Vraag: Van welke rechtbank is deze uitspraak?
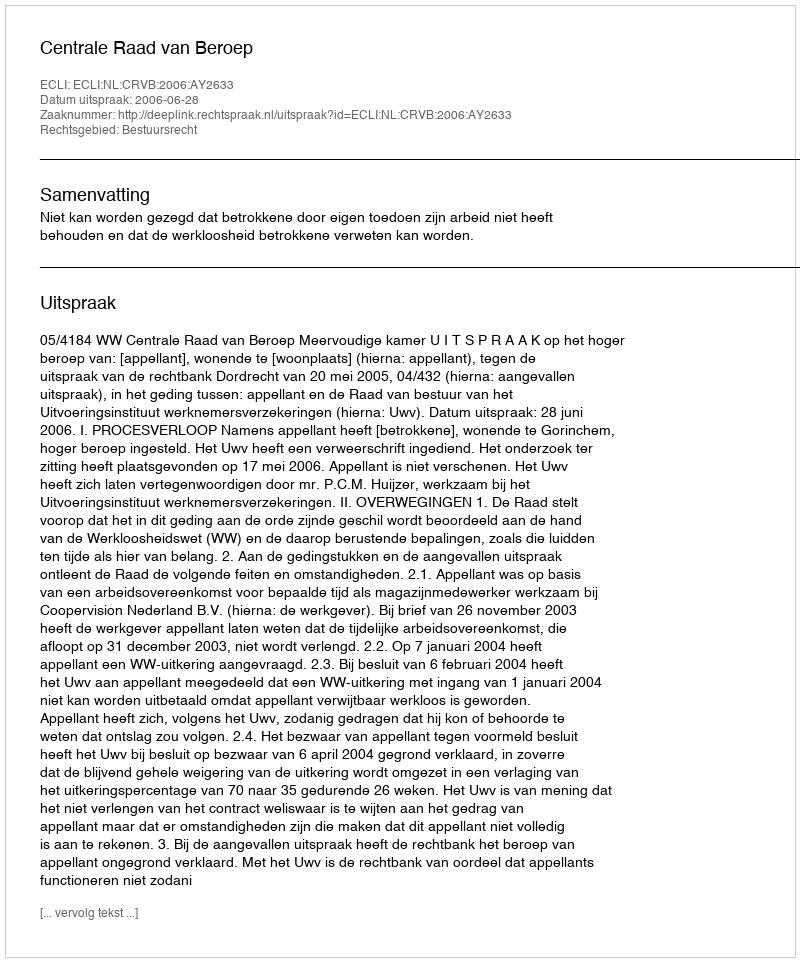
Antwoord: Centrale Raad van Beroep